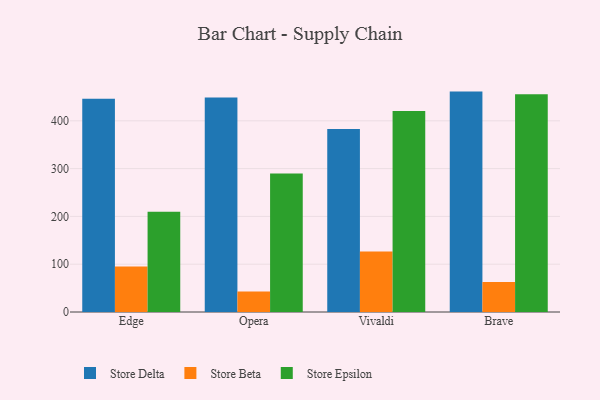
{"axis": {"x": "Browser", "y": "Page Views"}, "legend": ["Store Beta", "Store Delta", "Store Epsilon"], "data": [{"x": "Edge", "y": 446.2, "type": "Store Delta"}, {"x": "Edge", "y": 95.2, "type": "Store Beta"}, {"x": "Edge", "y": 209.9, "type": "Store Epsilon"}, {"x": "Opera", "y": 448.6, "type": "Store Delta"}, {"x": "Opera", "y": 43.0, "type": "Store Beta"}, {"x": "Opera", "y": 289.9, "type": "Store Epsilon"}, {"x": "Vivaldi", "y": 382.6, "type": "Store Delta"}, {"x": "Vivaldi", "y": 126.4, "type": "Store Beta"}, {"x": "Vivaldi", "y": 420.3, "type": "Store Epsilon"}, {"x": "Brave", "y": 461.1, "type": "Store Delta"}, {"x": "Brave", "y": 62.6, "type": "Store Beta"}, {"x": "Brave", "y": 455.3, "type": "Store Epsilon"}]}